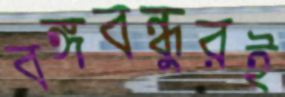
বঙ্গবন্ধুরই